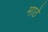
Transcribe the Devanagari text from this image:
माठे